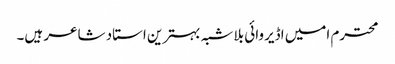
محترم امیں اڈیروائی بلا شبہ بہترین استاد شاعر ہیں۔